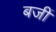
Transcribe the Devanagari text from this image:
बजीं